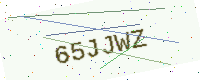
Text: 65JJWZ